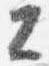
公